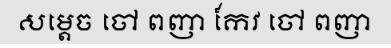
សម្តេច ចៅ ពញា កែវ ចៅ ពញា